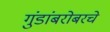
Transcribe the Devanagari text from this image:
गुंडांबरोबरचे